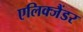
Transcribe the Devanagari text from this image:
एलिक्जैंडर